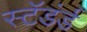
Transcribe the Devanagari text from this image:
स्टॅडंर्ड